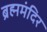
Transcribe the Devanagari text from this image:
ब्रह्ममंदिर